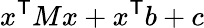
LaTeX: x^{\textsf{T}}Mx+x^{\textsf{T}}b+c